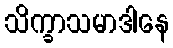
သိက္ခာသမာဒါနေ